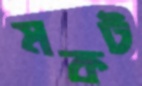
মকট